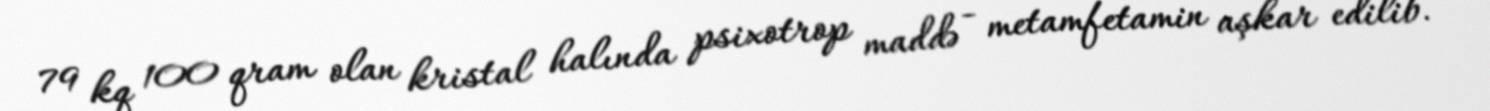
79 kq 100 qram olan kristal halında psixotrop maddə - metamfetamin aşkar edilib.